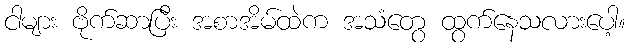
ငါများ ဗိုက်ဆာပြီး အစာအိမ်ထဲက အသံတွေ ထွက်နေသလားပေါ့။